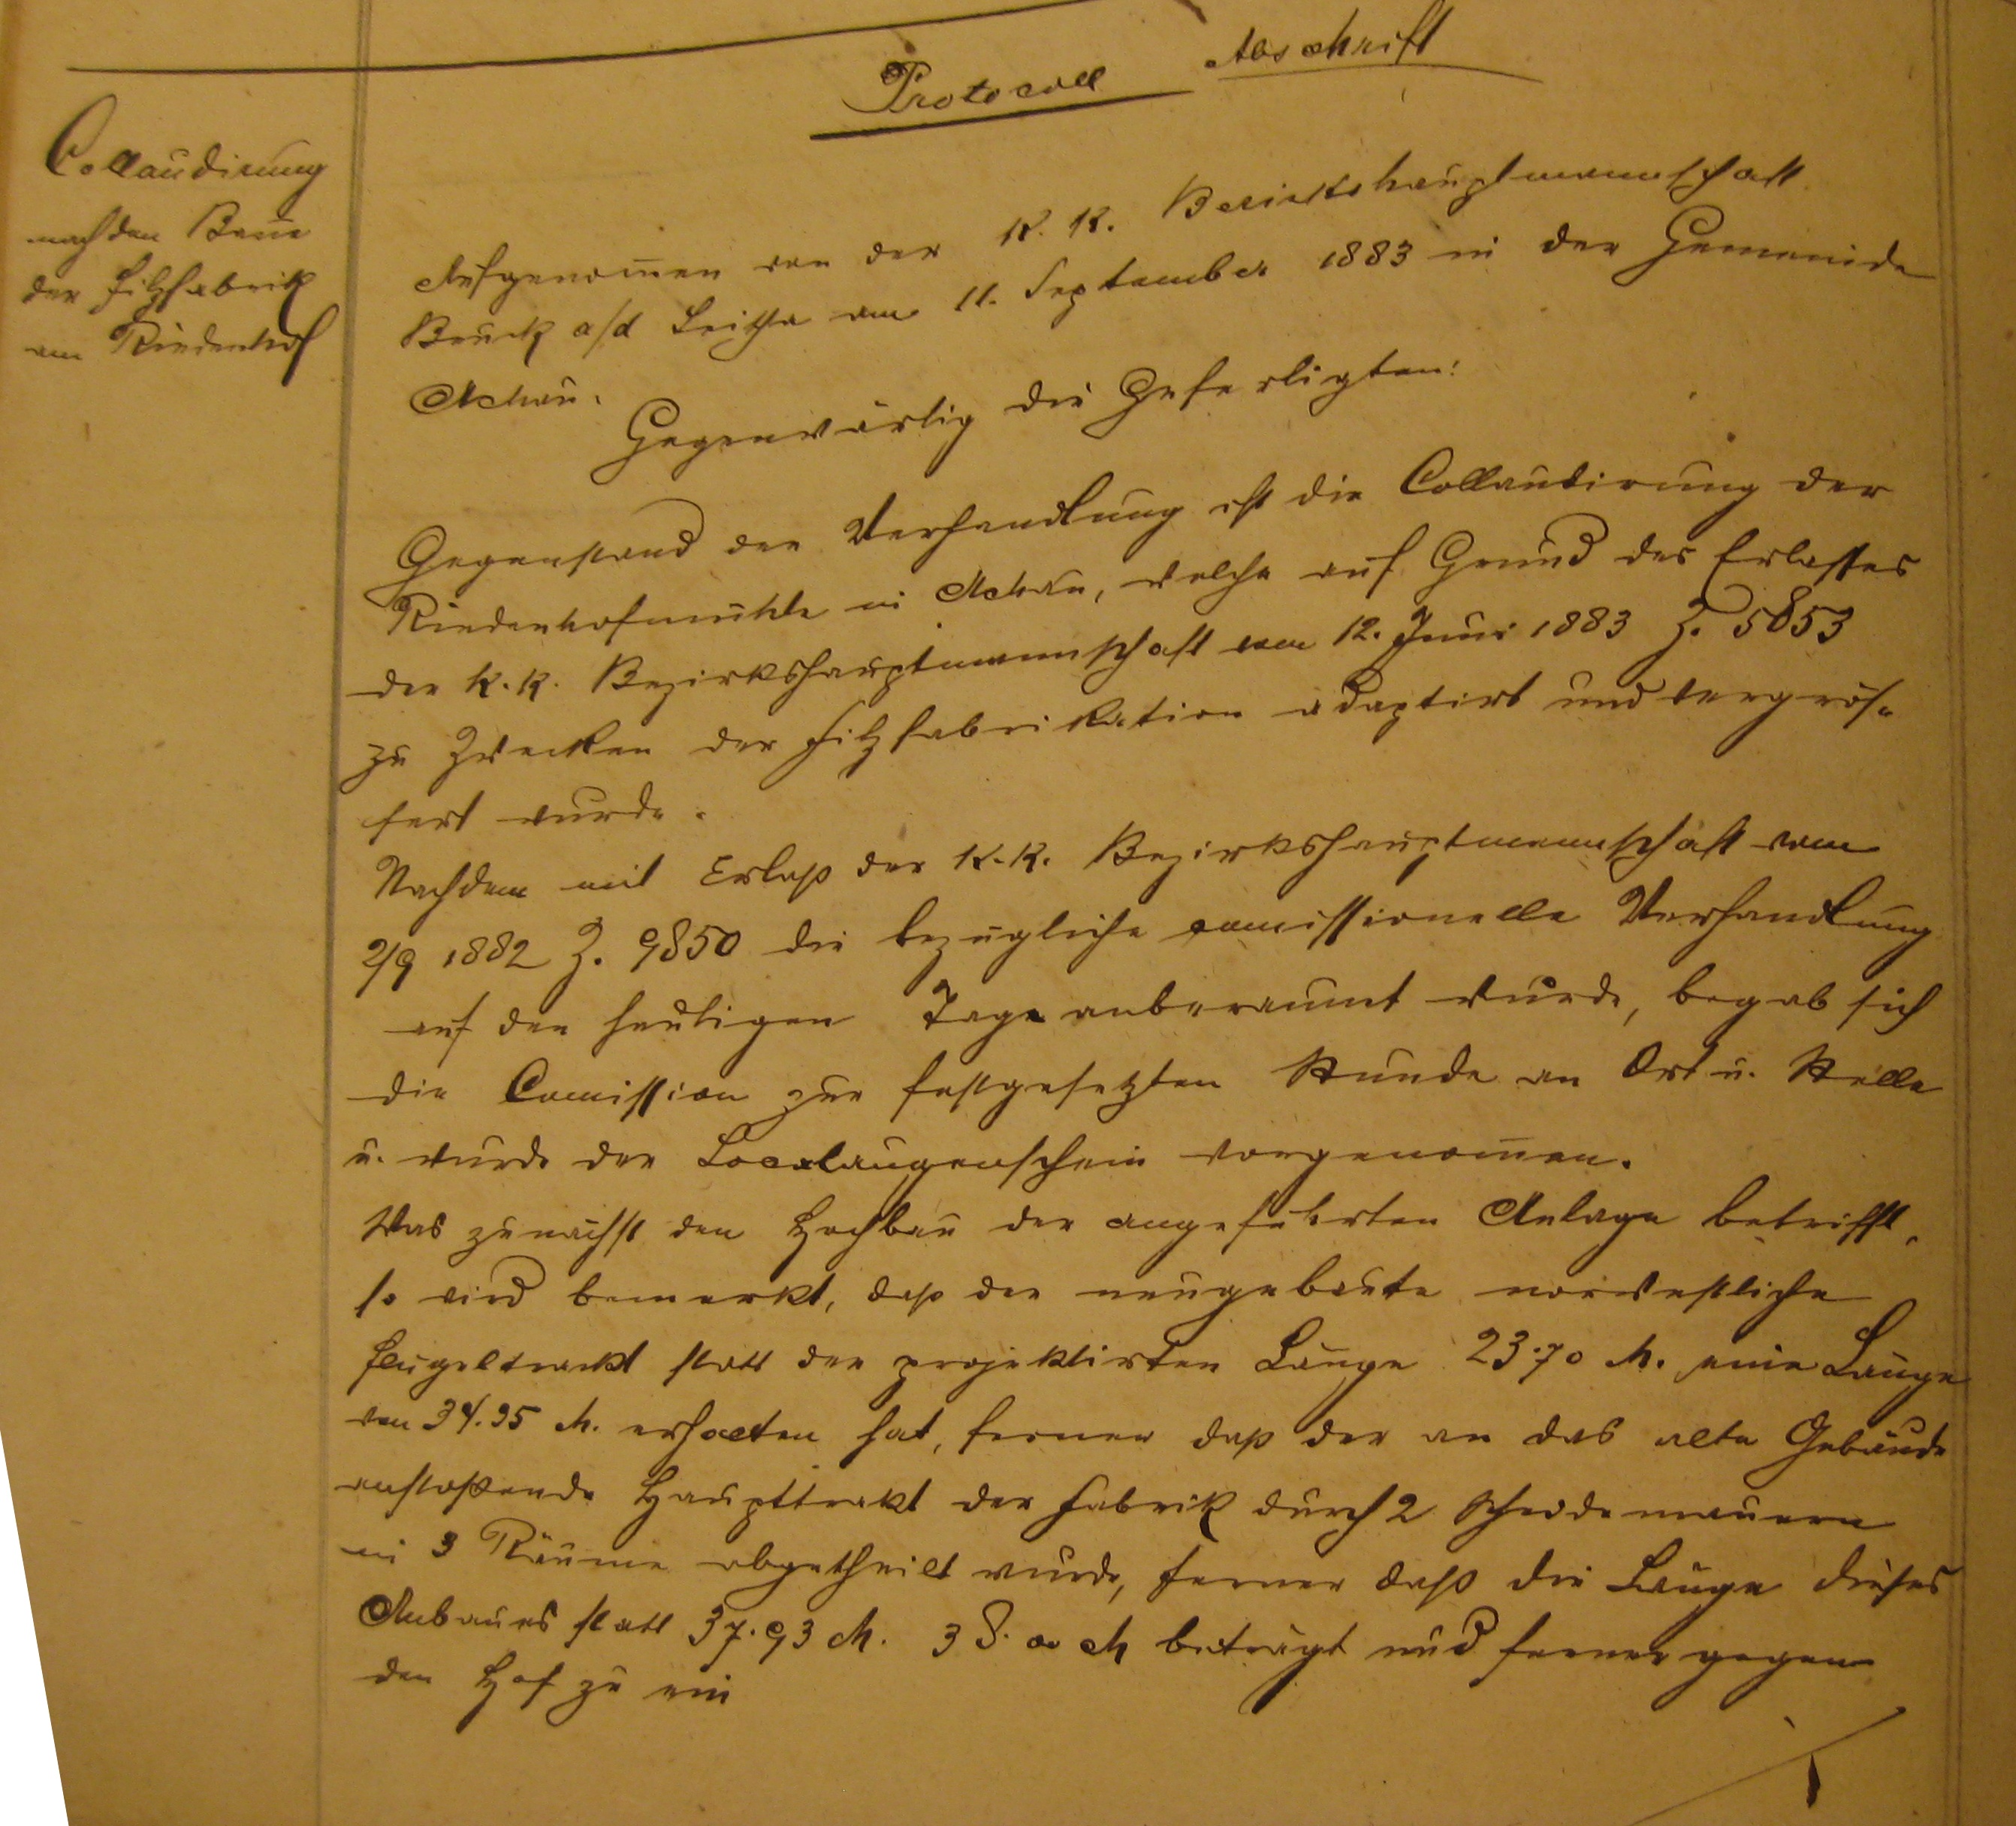
Collaudierung
nach dem Bau
der Filzfabrik
am Riedenhof
Protokoll Abschrift
Aufgenommen von der k.k. Bezirkshauptmannschaft
Bruck a/d Leitha am 11. September 1883 in der Gemeinde
Achau.
Gegenwärtig die Gefertigten:
Gegenstand der Verhandlung ist die Collaudierung der
Riedenhofmühle in Achau, welche auf Grund des Erlasses
der k.k. Bezirkshauptmannschaft vom 12. Juni 1883 Z. 5853
zu Zwecken der Filzfabrikation adaptiert und vergrös¬
sert wurde.
Nachdem mit Erlass der k.k. Bezirkshauptmannschaft vom
2/9 1882 Z. 9850 die bezügliche comissionelle Verhandlung
auf den heutigen Tage anberaumt wurde, begab sich
die Comission zur festgesetzten Stunde an Ort u. Stelle
u. wurde der Localaugenschein vorgenommen.
Was zunächst den Hochbau der angeführten Anlage betrifft,
so wird bemerkt, daß der neugebaute nordestliche
Flügeltrakt statt der projektirten Länge 23,70 M eine Länge
von 39.35 M erhalten hat, ferner das der an das alte Gebäude
anstehende Haupttrakt der Fabrik durch 2 Scheidemauern
in 3 Räume abgetheilt wird, ferner daß die Länge dieses
Anbaues statt 37.93 M. 38.00 M beträgt und ferner gegen
den Hof zu ein